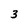
Character: 3